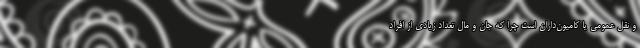
و نقل عمومی یا کامیون‌داران است چرا که جان و مال تعداد زیادی از افراد